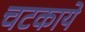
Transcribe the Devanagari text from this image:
चटकाये